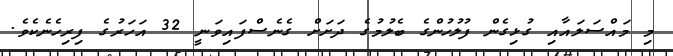
މި މައްސަލައާއި ގުޅިގެން ފުލުހުންގެ ބެލުމުގެ ދަށަށް ގެނެސްފައިވަނީ 32 އަހަރުގެ ފިރިހެނެކެވެ.